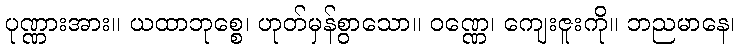
ပုဏ္ဏားအား။ ယထာဘုစ္စေ၊ ဟုတ်မှန်စွာသော။ ဝဏ္ဏေ၊ ကျေးဇူးကို။ ဘညမာနေ၊